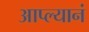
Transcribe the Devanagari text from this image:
आप्ल्यानं